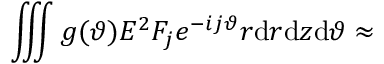
\iiint g ( \vartheta ) { \cal E } ^ { 2 } F _ { j } e ^ { - i j \vartheta } r \mathrm { d } r \mathrm { d } z \mathrm { d } \vartheta \approx